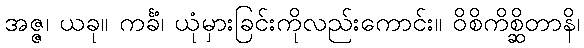
အဇ္ဇ၊ ယခု။ ကင်္ခံ၊ ယုံမှားခြင်းကိုလည်းကောင်း။ ဝိစိကိစ္ဆိတာနိ၊